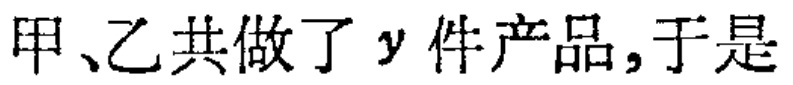
甲、乙共做了\(y\)件产品,于是